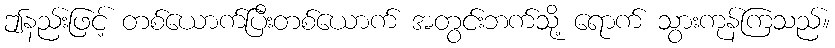
ဤနည်းဖြင့် တစ်ယောက်ပြီးတစ်ယောက် အတွင်းဘက်သို့ ရောက် သွားကုန်ကြသည်။